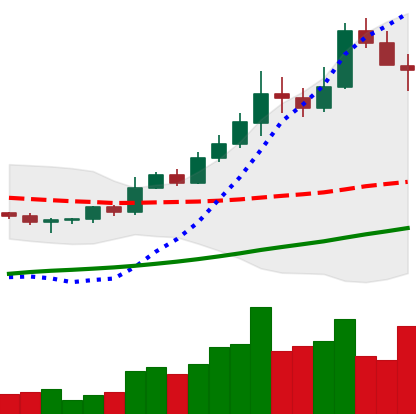
Ticker: BNB-USD
Chart end date: 2022-11-07
Forward return: -16.223%
Label: down_7plus